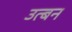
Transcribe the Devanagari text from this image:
उत्बन